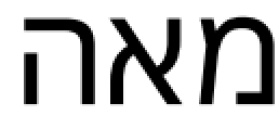
מאה